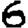
Digit: 6